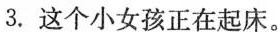
3.这个小女孩正在起床。